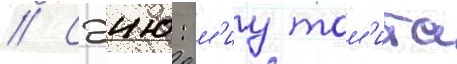
// Сэию: м'иу том'ита